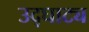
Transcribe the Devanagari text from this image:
उद्घाट्य